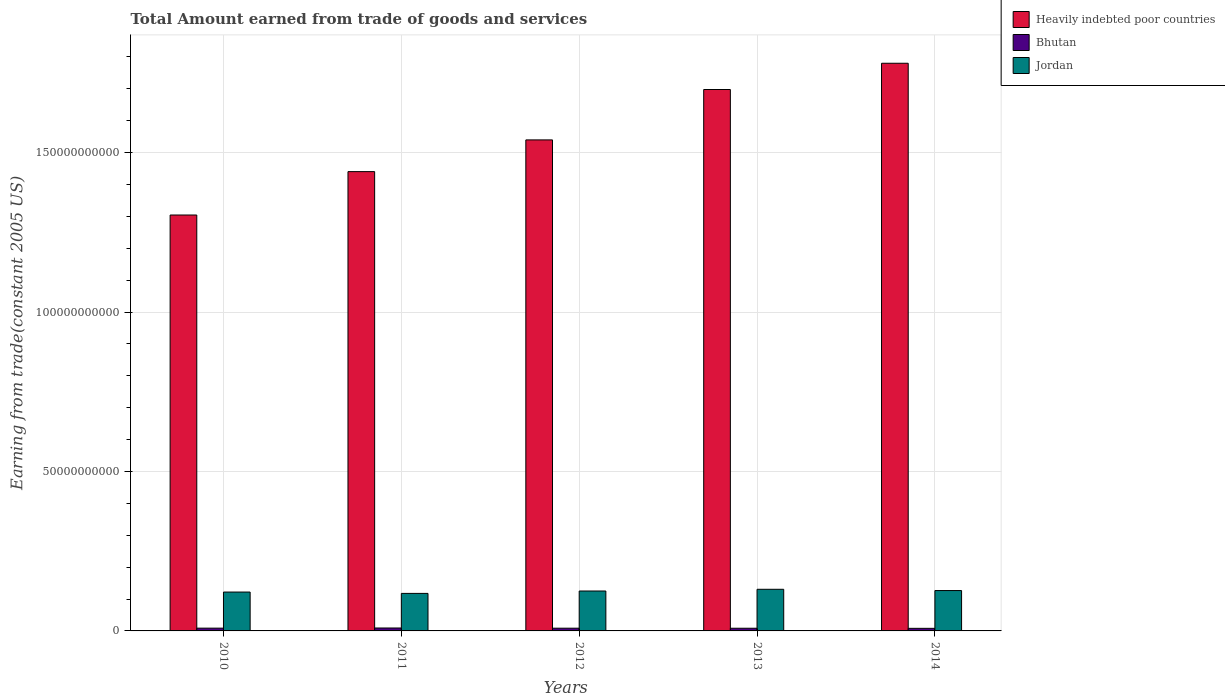
| Years | Heavily indebted poor countries | Bhutan | Jordan |
 | --- | --- | --- | --- |
 | 2010 | 1.3e+11 | 8.67e+08 | 1.22e+10 |
 | 2011 | 1.44e+11 | 9.19e+08 | 1.18e+10 |
 | 2012 | 1.54e+11 | 8.53e+08 | 1.25e+10 |
 | 2013 | 1.7e+11 | 8.38e+08 | 1.31e+10 |
 | 2014 | 1.78e+11 | 8.09e+08 | 1.27e+10 |